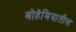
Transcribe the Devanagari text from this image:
बोहेमियातील